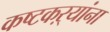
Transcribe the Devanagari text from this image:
कष्टकऱ्यांना